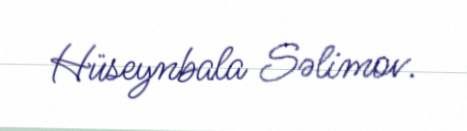
Hüseynbala Səlimov.